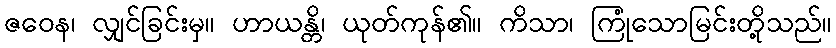
ဇဝေန၊ လျှင်ခြင်းမှ။ ဟာယန္တိ၊ ယုတ်ကုန်၏။ ကိသာ၊ ကြုံသောမြင်းတို့သည်။